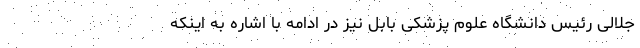
جلالی رئیس دانشگاه علوم پزشکی بابل نیز در ادامه با اشاره به اینکه